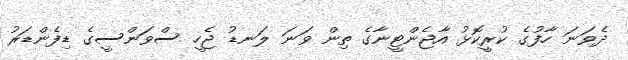
ދެވަނަ ހާފުގެ ކުރީކޮޅު އާޖެންޓީނާގެ ތިން ވަނަ ލަނޑު ޖެހީ ސްވަންސީގެ ޑިފެންޑަރު